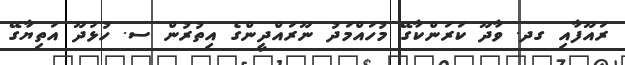
ރައޫފާއި ގދ. ވާދޫ ކަރަންކާގޭ މުހައްމަދު ނޫރައްދީންގެ އިތުރުން ސ. ހުޅުދޫ އަތިޔާގޭ